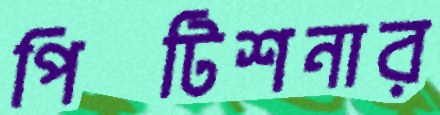
পিটিশনার